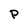
Character: P